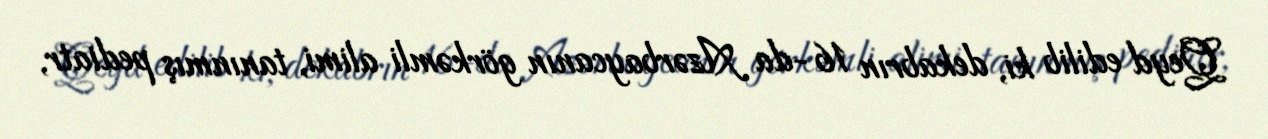
Qeyd edilib ki, dekabrın 16-da Azərbaycanın görkəmli alimi, tanınmış pediatr,